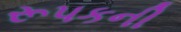
રૂપકની